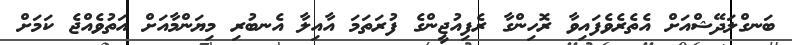
ބަނގްލަދޭޝްއަށް އެތެރެވެފައިވާ ރޮހިންގާ ރެފިއުޖީންގެ ފުރަތަމަ އާއިލާ އެނބުރި މިޔަންމާއަށް އަތުވެއްޖެ ކަމަށް